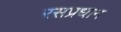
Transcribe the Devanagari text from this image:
रसप्रधान